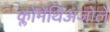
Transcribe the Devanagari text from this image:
क्लोमेथिअजोले